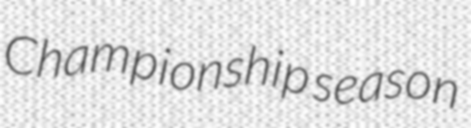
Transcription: Championship season